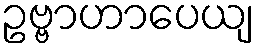
ဥဗ္ဗာဟာပေယျ